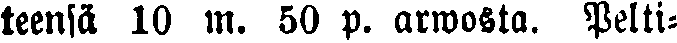
teensä 10 m. 50 p. arwosta. Pelti-